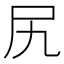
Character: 尻